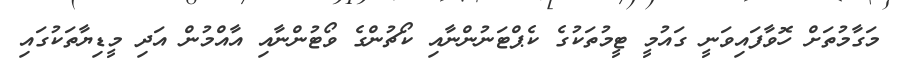
މަގާމުތަށް ހޮވާފައިވަނީ ގައުމީ ޓީމުތަކުގެ ކެޕްޓަނުންނާއި ކޯޗުންގެ ވޯޓުންނާއި އާއްމުން އަދި މީޑިޔާތަކުގައި